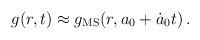
LaTeX: \begin{align*}g(r,t) \approx g_{\rm MS}(r, a_0+\dot a_0 t) \, .\end{align*}